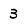
Character: 3